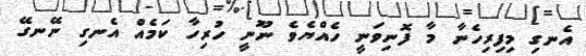
އެނގި މިފިރިހެނާ މާ ފޮނިވަނީ ހެއްޔެވެ ނޫނީ ހުރިހާ ކަމެއް އެނގި ނޭނގޭ